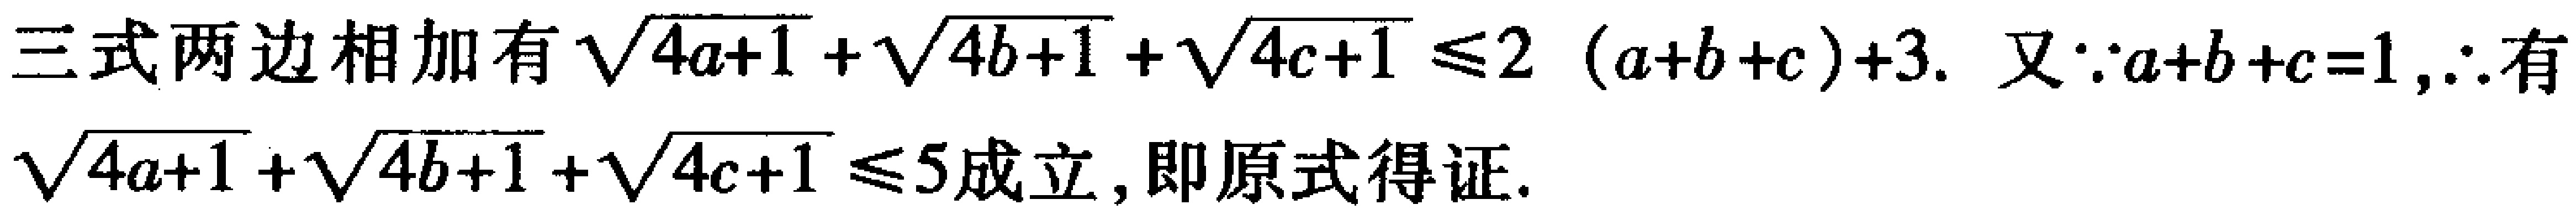
三式两边相加有\(\sqrt{4a + 1}+\sqrt{4b + 1}+\sqrt{4c + 1}\leq 2(a + b + c)+3\). 又\(\because a + b + c = 1,\therefore\)有\(\sqrt{4a + 1}+\sqrt{4b + 1}+\sqrt{4c + 1}\leq 5\)成立, 即原式得证.